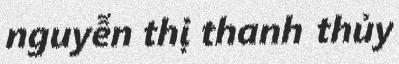
nguyễn thị thanh thủy